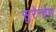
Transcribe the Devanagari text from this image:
सुरेन्द्रेण